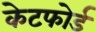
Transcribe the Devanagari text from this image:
केटफोर्ड